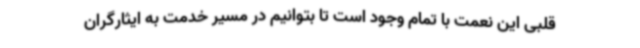
قلبی این نعمت با تمام وجود است تا بتوانیم در مسیر خدمت به ایثارگران